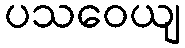
ပသဝေယျ